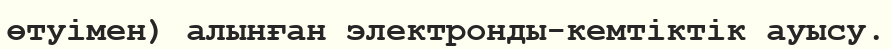
өтуімен) алынған электронды-кемтіктік ауысу.